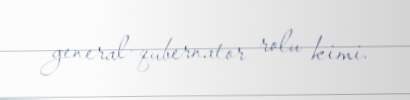
general-qubernator rolu kimi.